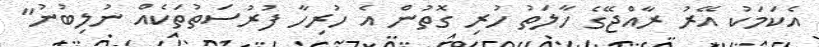
އެކަމަކު އޭރު ރާއްޖޭގެ ހާލަތު ހުރި ގޮތުން އެ ހުރިހާ ފުރުސަތުތަކެއް ނުލިބުނު"